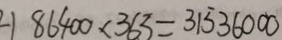
2 ) 8 6 4 0 0 \times 3 6 3 = 3 1 5 3 6 0 0 0